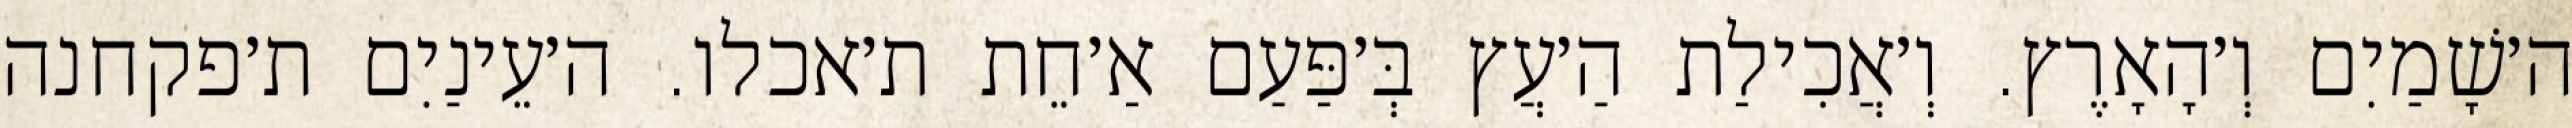
ה׳שָׁמַיִם וְ׳הָאָרֶץ. וְ׳אֲכִילַת הַ׳עֲץ בְּ׳פַּעַם אַ׳חֵת ת׳אכלו. ה׳עֵינַיִם ת׳פקחנה